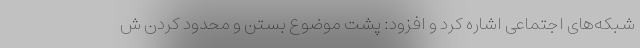
شبکه‌های اجتماعی اشاره کرد و افزود: پشت موضوع بستن و محدود کردن ش